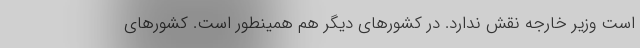
است وزیر خارجه نقش ندارد. در کشورهای دیگر هم همینطور است. کشورهای